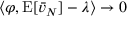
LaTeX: \langle \varphi , \operatorname { E } [ { \bar { v } } _ { N } ] - \lambda \rangle \to 0